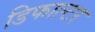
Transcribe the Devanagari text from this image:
डिफाल्टर